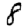
Digit: 8